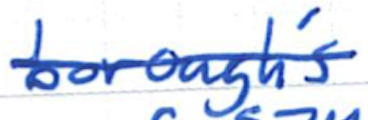
Text: borough's
Cross-out: single-line
Writing tool: ballpoint